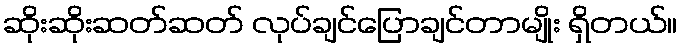
ဆိုးဆိုးဆတ်ဆတ် လုပ်ချင်ပြောချင်တာမျိုး ရှိတယ်။